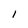
Character: 1